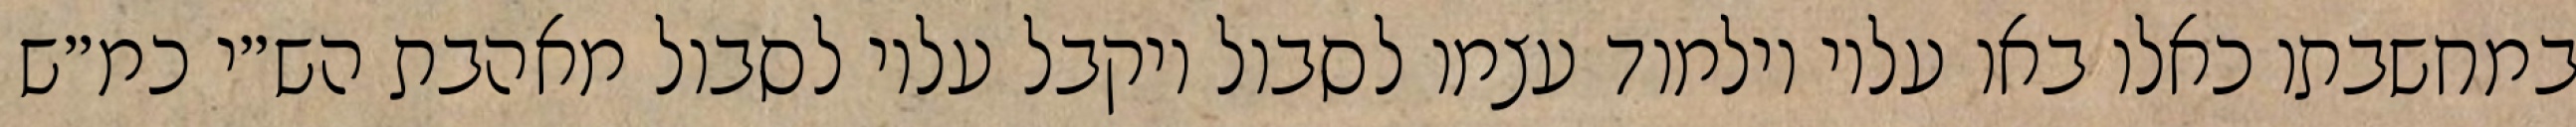
במחשבתו כאלו באו עליו וילמוד עצמו לסבול ויקבל עליו לסבול מאהבת הש״י כמ״ש